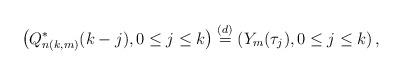
LaTeX: \begin{align*}\left( Q^{*}_{n(k,m)} (k - j) , 0 \le j \le k \right) \stackrel{(d)}{=} \left( Y_m ( \tau_j ), 0 \le j \le k \right),\end{align*}